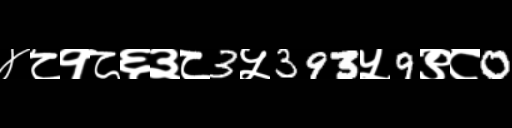
Text: ४८१८६३८3५393५9९८0